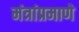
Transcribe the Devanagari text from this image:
मंत्रांप्रमाणे